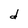
Character: d